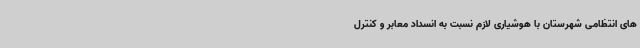
های انتظامی شهرستان با هوشیاری لازم نسبت به انسداد معابر و کنترل